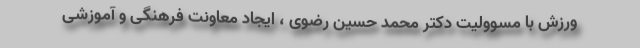
ورزش با مسوولیت دکتر محمد حسین رضوی ، ایجاد معاونت فرهنگی و آموزشی